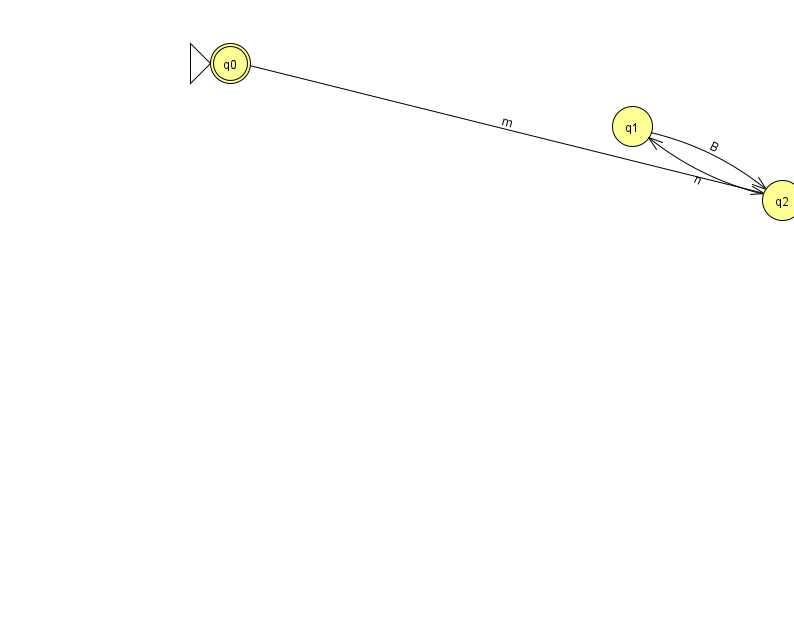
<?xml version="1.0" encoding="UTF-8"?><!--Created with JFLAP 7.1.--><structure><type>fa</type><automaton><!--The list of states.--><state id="0" name="q0"><x>230.0</x><y>50.0</y><initial/><final/></state><state id="1" name="q1"><x>632.0</x><y>113.0</y></state><state id="2" name="q2"><x>782.0</x><y>187.0</y></state><!--The list of transitions.--><transition><from>0</from><to>2</to><read>m</read></transition><transition><from>2</from><to>1</to><read>n</read></transition><transition><from>1</from><to>2</to><read>B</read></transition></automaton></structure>